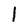
Character: 1